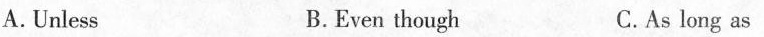
A. Unless B. Even though C. As long as